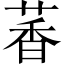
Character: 萫